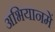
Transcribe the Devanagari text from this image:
अभियानमें